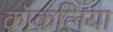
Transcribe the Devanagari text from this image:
कॉकलिया